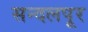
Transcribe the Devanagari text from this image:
सन्दलपूर